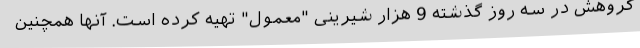
گروهش در سه روز گذشته 9 هزار شیرینی "معمول" تهیه کرده است. آنها همچنین